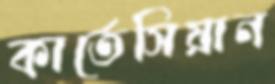
কার্তেসিয়ান